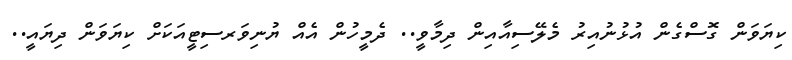
ކިޔަވަން ގޮސްގެން އުޅުނުއިރު މެލޭސިއާއިން ދިމާވީ.. ދެމީހުން އެއް ޔުނިވަރސިޓީއަކަށް ކިޔަވަން ދިޔައީ..